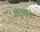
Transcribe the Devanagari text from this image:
हदयात